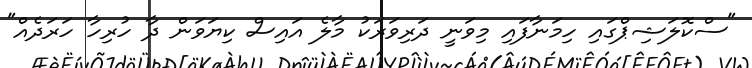
"ސްކޮލަޝިޕްގައި ހިމަނާފައި މިވަނީ ދަރިވަރަކު މާލެ އައިސް ކިޔަވަން ދާ ހުރިހާ ހަރަދެއް"